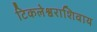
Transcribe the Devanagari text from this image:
टिकलेश्वराशिवाय